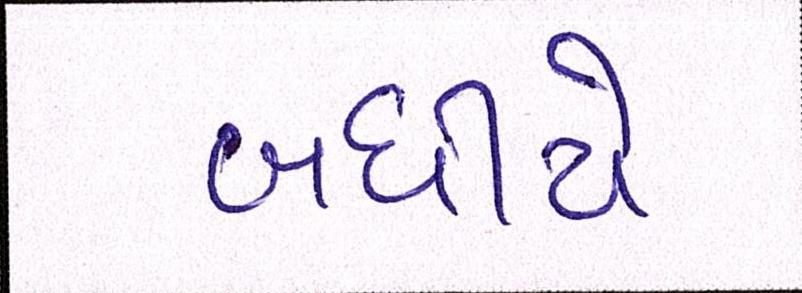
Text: બધીયે